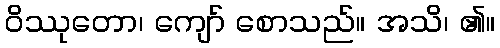
ဝိဿုတော၊ ကျော် စောသည်။ အသိ၊ ၏။